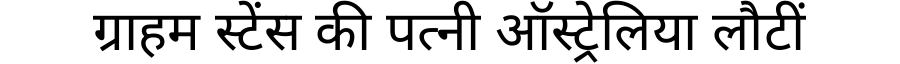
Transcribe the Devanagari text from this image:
ग्राहम स्टेंस की पत्नी ऑस्ट्रेलिया लौटीं